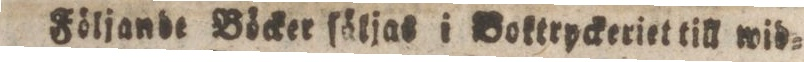
Följande Böcker ſäljas i Boktryckeriet till wid=